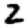
Digit: 2